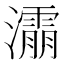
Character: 𰝬